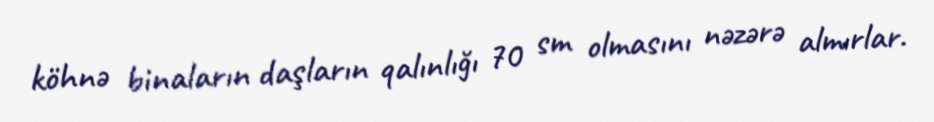
köhnə binaların daşların qalınlığı 70 sm olmasını nəzərə almırlar.